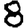
Digit: 8